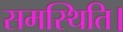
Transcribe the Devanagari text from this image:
समस्थिति।